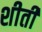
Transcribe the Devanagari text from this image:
शीती